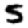
Digit: 5